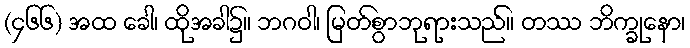
(၄၆၆) အထ ခေါ၊ ထိုအခါ၌။ ဘဂဝါ၊ မြတ်စွာဘုရားသည်။ တဿ ဘိက္ခုနော၊